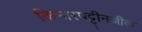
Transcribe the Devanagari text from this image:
किनारपट्टीनजीक